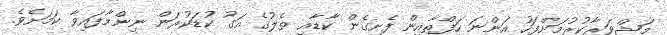
މަޝްވަރާކުރުމަށްފަހު އަންނަ ހަފްތާއިން ފެށިގެން ކާޑާއި ތެލުގެ އަގު ކުޑަކުރަން ނިންމާފައިވާ ކަމަށެވެ.